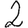
Digit: 2